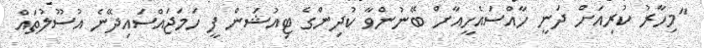
"މިހާރު ކުރިއަށް ދަނީ ހާއްސައެހީއާށް ބޭނުންވާ ކުދިންގެ ޓިއުޝަން ފީ ހަމަޖައްސައިދޭނެ އުސޫލުތައް